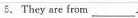
5.They are from___.